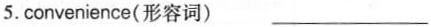
5. convenience(形容词) ___